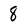
Character: 8